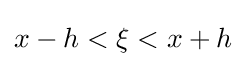
x-h<\xi <x+h